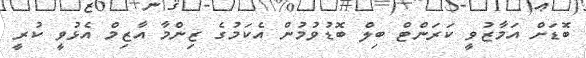
ބޮޑަށް އަމާޒުވީ ކަރަންޓް ބިލް ބޮޑުވުމުން އެކަމުގެ ޒިންމާ އާޒިމް އެޅުވީ ކުރީ